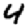
Digit: 4